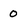
Character: 0